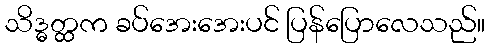
သိဒ္ဓတ္ထက ခပ်အေးအေးပင် ပြန်ပြောလေသည်။